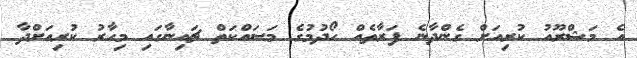
އެ މަޝްރޫއު ކުރިއަށް ގެންދާނެ ފަރާތެއް ހޯދުމުގެ މަސައްކަތް ޗައިނާގައި މިހާރު ކުރިއަށްދާ